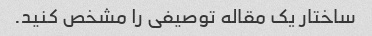
ساختار یک مقاله توصیفی را مشخص کنید.